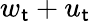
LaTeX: w_{\mathsf{t}}+u_{\mathsf{t}}